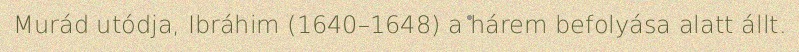
Murád utódja, Ibráhim (1640–1648) a hárem befolyása alatt állt.